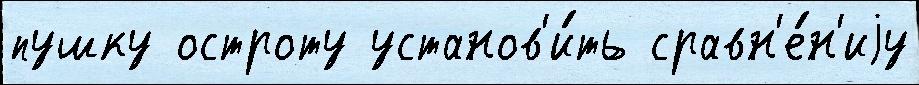
пушку остроту установ'и́ть сравн'е́н'иjу